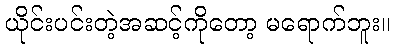
ယိုင်းပင်းတဲ့အဆင့်ကိုတော့ မရောက်ဘူး။